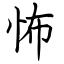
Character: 怖